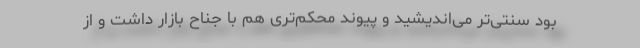
بود سنتی‌تر می‌اندیشید و پیوند محکم‌تری هم با جناح بازار داشت و از